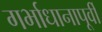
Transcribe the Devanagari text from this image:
गर्भाधानापूर्वी